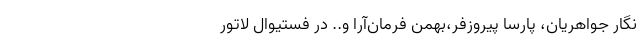
نگار جواهریان، پارسا پیروزفر،بهمن فرمان‌آرا و.. در فستیوال لاتورِ